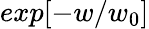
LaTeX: exp[-w/w_{0}]